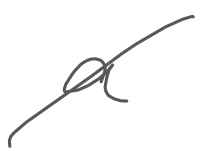
Text: a
Cross-out: diagonal
Writing tool: digital_gray